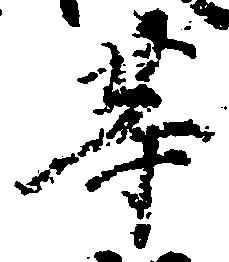
等